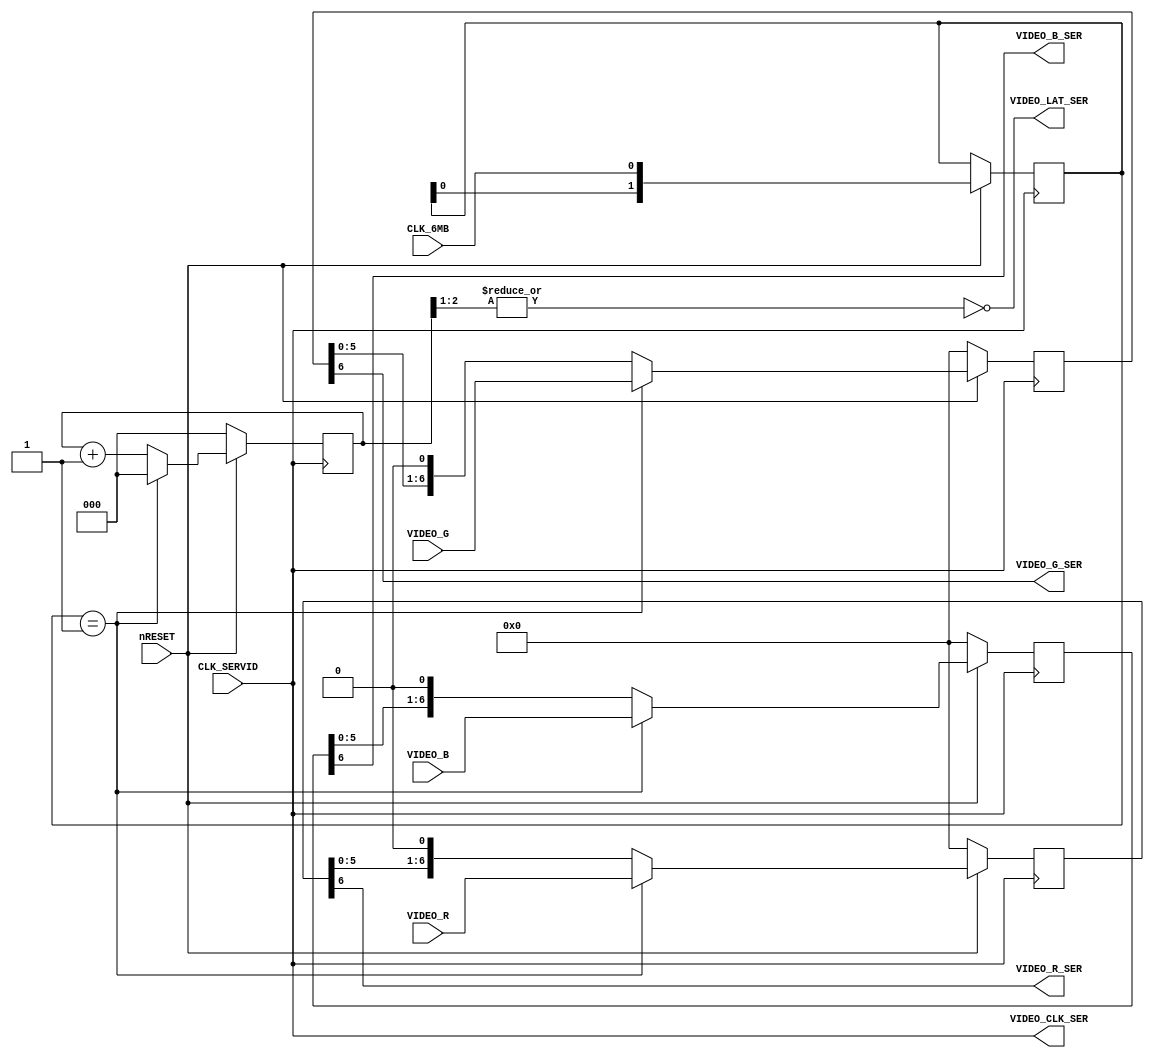
`timescale 1ns/1ns

// TB specific - UNUSED

module ser_video(
	input nRESET,
	input CLK_SERVID,
	input CLK_6MB,
	input [6:0] VIDEO_R,
	input [6:0] VIDEO_G,
	input [6:0] VIDEO_B,
	output VIDEO_R_SER,
	output VIDEO_G_SER,
	output VIDEO_B_SER,
	output VIDEO_CLK_SER,
	output VIDEO_LAT_SER
);

	reg [6:0] R_SR;
	reg [6:0] G_SR;
	reg [6:0] B_SR;
	reg [2:0] BIT_CNT;
	reg [1:0] VIDEO_LOAD;
	
	assign VIDEO_CLK_SER = CLK_SERVID;
	assign VIDEO_LAT_SER = ~|{BIT_CNT[2:1]};
	
	assign VIDEO_R_SER = R_SR[6];
	assign VIDEO_G_SER = G_SR[6];
	assign VIDEO_B_SER = B_SR[6];

	// Pix  --------------------------------================================...
	// 6MB  |'''''''''''''''|_______________|'''''''''''''''|_______________...
	// 48M  '|_|'|_|'|_|'|_|'|_|'|_|'|_|'|_|'|_|'|_|'|_|'|_|'|_|'|_|'|_|'|_|...
	//         0   1   2   3   4   5   6   7   0   1   2   3   4   5   6   7
	// LAT  _|'''''''|_______________________|'''''''|_______________________...
	// CNT  -0000111122223333444455556666777700001111222233334444555566667777
	
	always @(negedge CLK_SERVID)
	begin
		if (!nRESET)
		begin
			R_SR <= 7'b0000000;					// Clear SRs
			G_SR <= 7'b0000000;
			B_SR <= 7'b0000000;
			BIT_CNT <= 3'b000; 
		end
		else
		begin
			VIDEO_LOAD <= {VIDEO_LOAD[0], CLK_6MB};
			if (VIDEO_LOAD == 2'b01)			// Rising edge of CLK_6MB
			begin
				R_SR <= VIDEO_R;					// Load SRs
				G_SR <= VIDEO_G;
				B_SR <= VIDEO_B;
				BIT_CNT <= 3'b000;
			end
			else
			begin
				R_SR <= {R_SR[5:0], 1'b0};		// Shift
				G_SR <= {G_SR[5:0], 1'b0};
				B_SR <= {B_SR[5:0], 1'b0};
				BIT_CNT <= BIT_CNT + 1'b1;
			end
		end
	end

endmodule